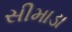
સીમાડા